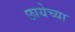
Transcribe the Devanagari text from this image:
छायेच्या